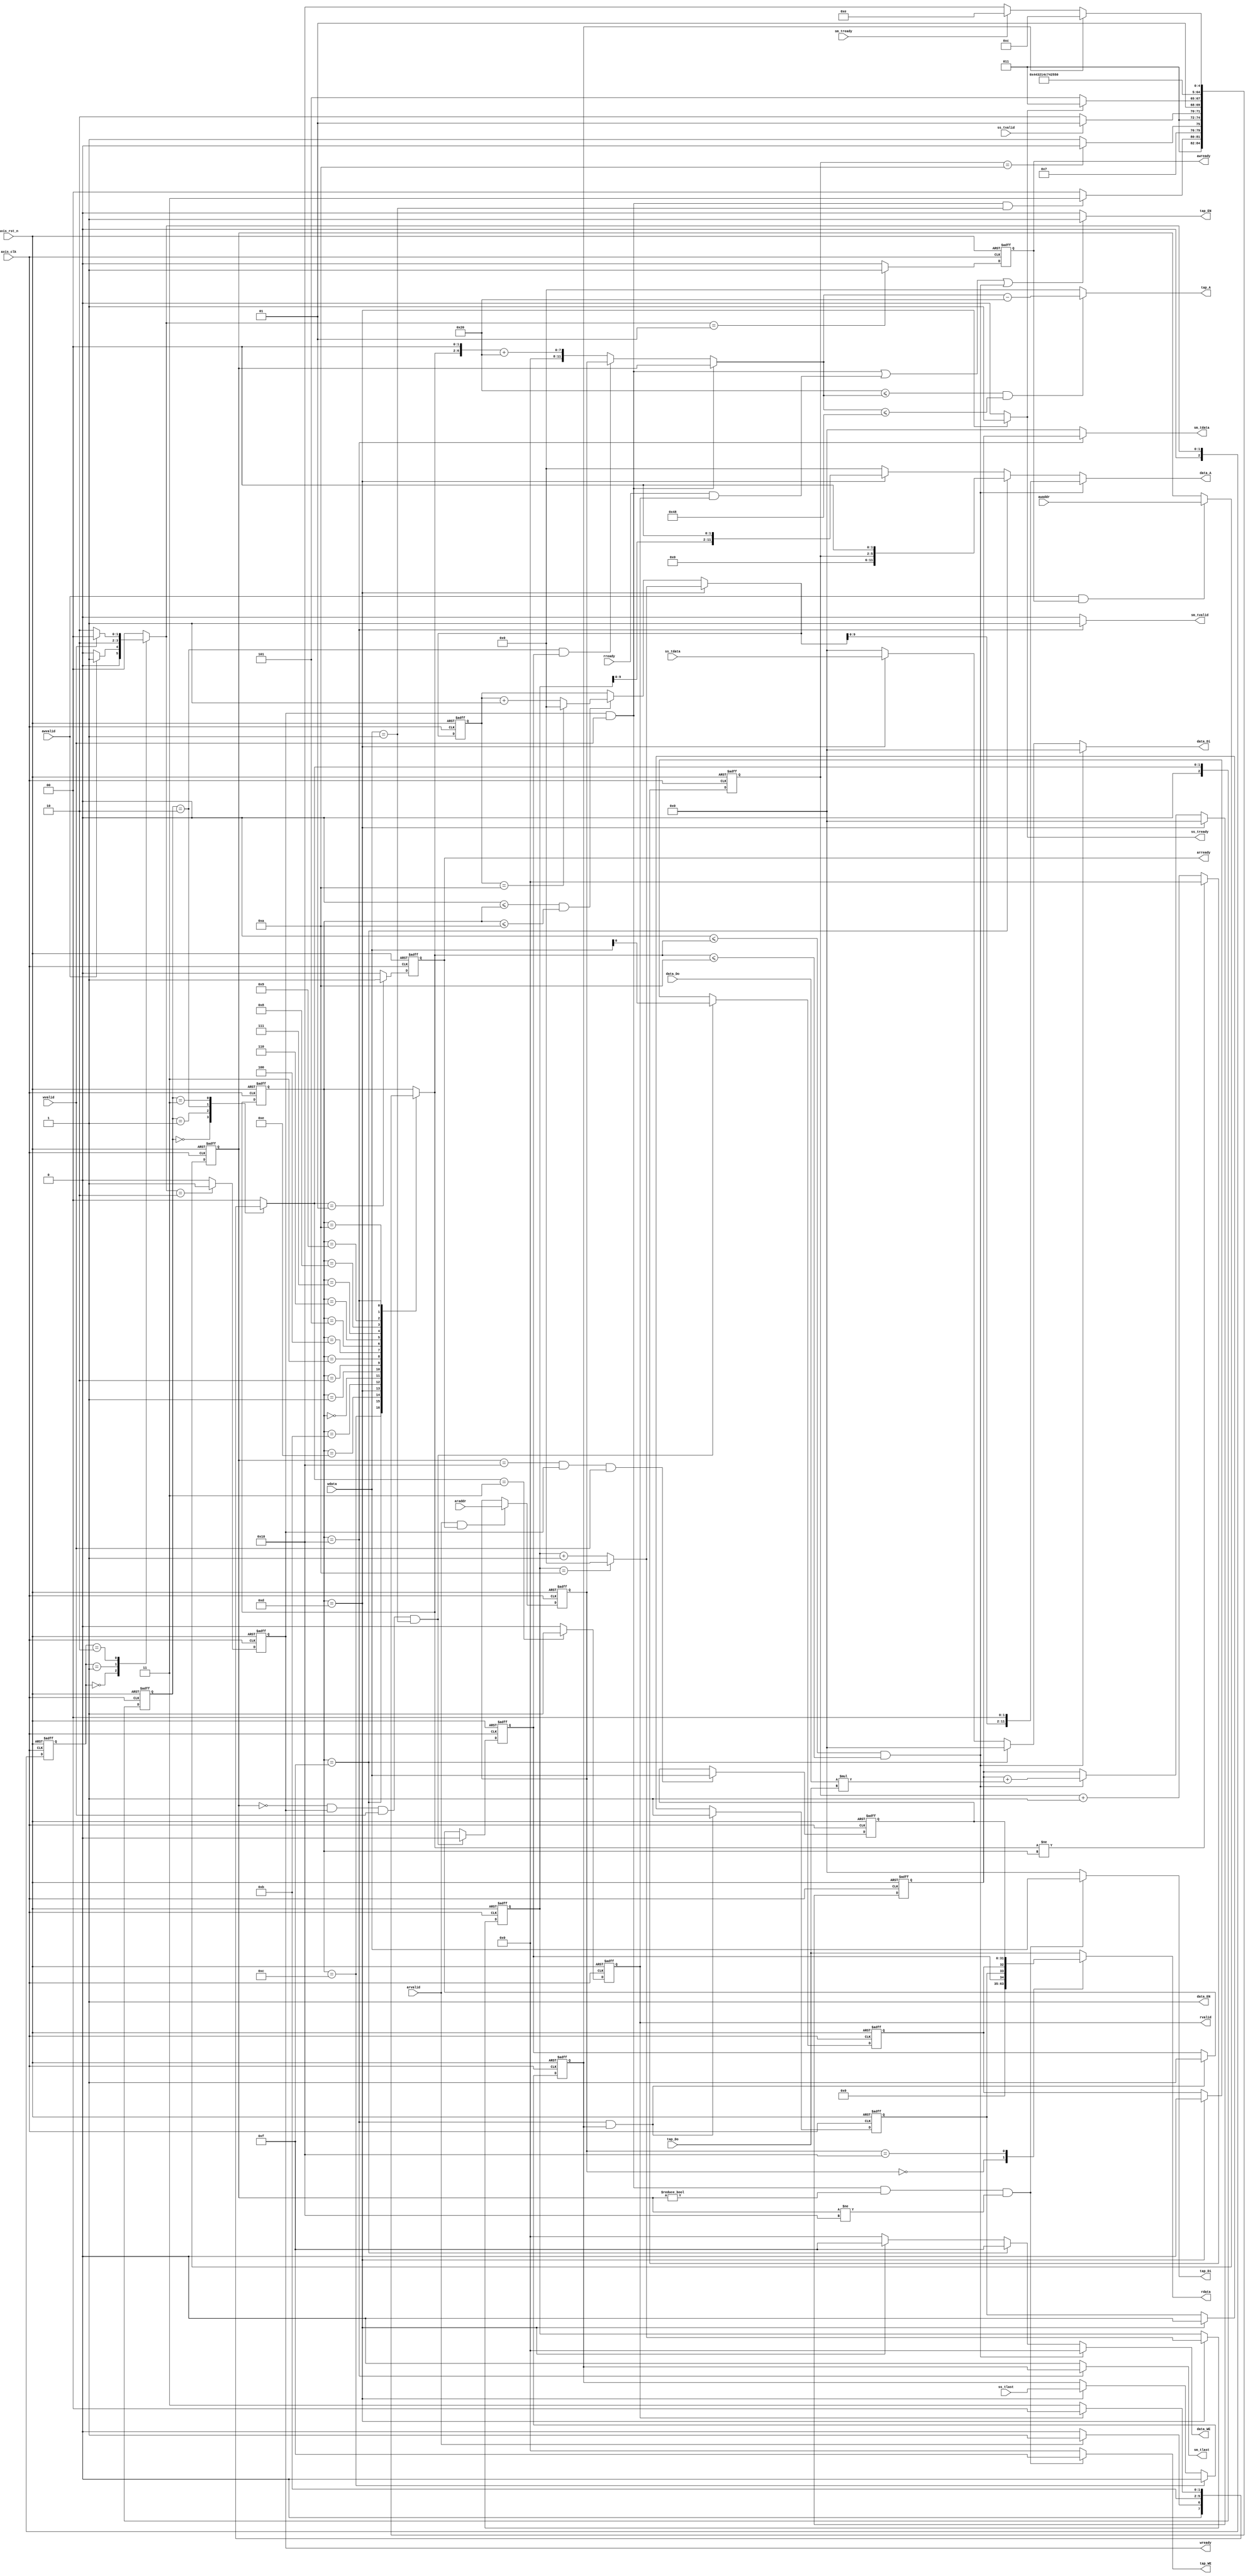
module fir 
#(  parameter pADDR_WIDTH = 12,
    parameter pDATA_WIDTH = 32,
    parameter Tape_Num    = 11
)
(
    // AXI-Lite
    // write
    output  reg                      awready,
    output  reg                      wready,
    input   wire                     awvalid,
    input   wire [(pADDR_WIDTH-1):0] awaddr,
    input   wire                     wvalid,
    input   wire [(pDATA_WIDTH-1):0] wdata,
    // write
    output  reg                      arready,
    input   wire                     rready,
    input   wire                     arvalid,
    input   wire [(pADDR_WIDTH-1):0] araddr,
    output  reg                      rvalid,
    output  reg  [(pDATA_WIDTH-1):0] rdata, 

    // AXI-Stream   
    // Input data
    input   wire                     ss_tvalid, 
    input   wire [(pDATA_WIDTH-1):0] ss_tdata, 
    input   wire                     ss_tlast, 
    output  reg                      ss_tready, 
    // Output data
    input   wire                     sm_tready, 
    output  reg                      sm_tvalid, 
    output  reg  [(pDATA_WIDTH-1):0] sm_tdata, 
    output  reg                      sm_tlast, 
    
    // bram for tap RAM
    output  reg  [3:0]               tap_WE,
    output  reg                      tap_EN,
    output  reg  [(pDATA_WIDTH-1):0] tap_Di,
    output  reg  [(pADDR_WIDTH-1):0] tap_A,
    input   wire [(pDATA_WIDTH-1):0] tap_Do,

    // bram for data RAM
    output  reg  [3:0]               data_WE,
    output  reg                      data_EN,
    output  reg  [(pDATA_WIDTH-1):0] data_Di,
    output  reg  [(pADDR_WIDTH-1):0] data_A,
    input   wire [(pDATA_WIDTH-1):0] data_Do,

    input   wire                     axis_clk,
    input   wire                     axis_rst_n
);

// block level signal
reg ap_start, n_ap_start;
reg ap_idle, n_ap_idle;
reg ap_done, n_ap_done;
reg [31:0] data_length;

// axi-lite read
localparam  AXI_READ_IDLE = 0,
            AXI_READ_ADDR = 1,
            AXI_READ_WAIT = 2,
            AXI_READ_DATA = 3;

// axi-lite write
localparam  AXI_WRITE_IDLE = 0,
            AXI_WRITE_ADDR = 1,
            AXI_WRITE_DATA = 2;

// Stream-In
reg n_ss_tready;
// Stream-Out
reg last_flg;

// AXI
reg [2:0] axi_read_state, n_axi_read_state;
reg [2:0] axi_write_state, n_axi_write_state;

// tapRAM
reg [11:0] tap_access_addr;
reg [31:0] real_Do;
reg [11:0] tapWriteAddr;
reg [11:0] tapReadAddr;

// dataRAM
reg [3:0] dataRam_rst_cnt;
reg [11:0] dataWriteAddr, n_dataWriteAdddr;
reg [11:0] dataReadAddr, n_dataReadAddr;

// FIR fsm
localparam  FIR_IDLE = 12,
            DATA_RST = 15,
            FIR_WAIT = 14,
            FIR_SSIN = 13,
            FIR_STOR = 11,
            FIR_S0 = 0,
            FIR_S1 = 1,
            FIR_S2 = 2,
            FIR_S3 = 3,
            FIR_S4 = 4,
            FIR_S5 = 5,
            FIR_S6 = 6,
            FIR_S7 = 7,
            FIR_S8 = 8,
            FIR_S9 = 9,
            FIR_SA = 10,
            FIR_OUT = 16;

reg [4:0] fir_state, n_fir_state;
reg signed [31:0] Yn, Xn, Hn; // Output, Data, Tap


// ======================= AXI-Lite: Read ======================================
always @(*) begin
    case (axi_read_state)
        AXI_READ_IDLE:  n_axi_read_state = (arvalid == 1) ? AXI_READ_ADDR : AXI_READ_IDLE;
        AXI_READ_ADDR:  n_axi_read_state = AXI_READ_WAIT;
        AXI_READ_WAIT:  n_axi_read_state = AXI_READ_DATA;
        AXI_READ_DATA:  n_axi_read_state = (rvalid == 1) ? AXI_READ_IDLE : AXI_READ_DATA;
        default: n_axi_read_state = AXI_READ_IDLE;
    endcase
end


always @(posedge axis_clk or negedge axis_rst_n) begin
    if (!axis_rst_n) begin
        axi_read_state  <= AXI_READ_IDLE;
        arready <= 0;
        rvalid  <= 0;
    end else begin
        axi_read_state  <= n_axi_read_state;
        arready <= (n_axi_read_state == AXI_READ_ADDR) ? 1 : 0;
        rvalid  <= (n_axi_read_state == AXI_READ_DATA) ? 1 : 0;
    end
end

always @(*) begin
    case (tapReadAddr)
        'h00: rdata = {ap_idle, ap_done, ap_start};     // block level signals
        'h10: rdata = data_length;                      // data length
        default: rdata = tap_Do;
    endcase
end

// ======================= AXI-Lite: Write ======================================
always @(*) begin
    case (axi_write_state)
        AXI_WRITE_IDLE: n_axi_write_state = (awvalid == 1) ? AXI_WRITE_ADDR : AXI_WRITE_IDLE;
        AXI_WRITE_ADDR: n_axi_write_state = AXI_WRITE_DATA;
        AXI_WRITE_DATA: n_axi_write_state = (wvalid == 1) ? AXI_WRITE_IDLE : AXI_WRITE_DATA;
        default: n_axi_write_state = AXI_WRITE_IDLE;
    endcase
end

always @(posedge axis_clk or negedge axis_rst_n) begin
    if (!axis_rst_n) begin
        axi_write_state  <= AXI_WRITE_IDLE;
        awready <= 0;
        wready  <= 0;
    end else begin
        axi_write_state  <= n_axi_write_state;
        awready <= (n_axi_write_state == AXI_WRITE_ADDR) ? 1 : 0;
        wready  <= (n_axi_write_state == AXI_WRITE_DATA) ? 1 : 0;
    end
end

always @(posedge axis_clk or negedge axis_rst_n) begin
    if (!axis_rst_n) begin
        tapWriteAddr <= 0;
        tapReadAddr  <= 0;
    end
    else begin
        tapWriteAddr <= (awvalid == 1 && awready == 1) ? awaddr : tapWriteAddr;
        tapReadAddr  <= (arvalid == 1 && arready == 1) ? araddr : tapReadAddr;
    end
end


// ======================= Stream-In ============================================
always @(*) begin
    if (fir_state == FIR_SSIN)  ss_tready = 1;
    else                        ss_tready = 0;
end

always @(posedge axis_clk or negedge axis_rst_n) begin
    if (!axis_rst_n)    last_flg <= 0;
    else begin
        if      (fir_state == FIR_IDLE) last_flg <= 0;
        else if (fir_state == FIR_SSIN) last_flg <= ss_tlast;
        else                            last_flg <= last_flg;
    end
end

// ======================= Stream-Out ===========================================
always @(*) begin
    if (fir_state == FIR_OUT) begin
        sm_tvalid = 1;
        sm_tdata = Yn;
        sm_tlast = last_flg;
    end
    else begin
        sm_tvalid = 0;
        sm_tdata = 0;
        sm_tlast = 0;
    end
end


// ======================= Block level Signals ===================================
// ap_start
always @(*) begin
    if      (tapWriteAddr == 'h00 && wready == 1 && wvalid == 1 && wdata == 1)  n_ap_start = wdata;     // Host program ap_start = 1
    else if (fir_state == FIR_SSIN)                                             n_ap_start = 0;         // Reset to 0, when 1st AXI-Stream handshake
    else                                                                        n_ap_start = ap_start;
end

// ap_idle
always @(*) begin
    if      (tapWriteAddr == 'h00 && wready == 1 && wvalid == 1 && wdata == 1)  n_ap_idle = 0;      // Host program ap_start = 1
    else if (fir_state == FIR_OUT && last_flg == 1)                             n_ap_idle = 1;      // Reset to 1, when last data had axi-streamed out
    else                                                                        n_ap_idle = ap_idle;   
end

// ap_done
always @(*) begin
    if      (fir_state == FIR_OUT && last_flg == 1) n_ap_done = 1;
    else if (fir_state == FIR_SSIN)                 n_ap_done = 0;
    else                                            n_ap_done = ap_done;
end


always @(posedge axis_clk or negedge axis_rst_n) begin
    if (!axis_rst_n) begin
        ap_start    <= 0;
        ap_idle     <= 1;
        ap_done     <= 0;
        data_length <= 0;
    end else begin
        data_length <= (tapWriteAddr == 'h10 && wready == 1 && wvalid == 1) ? wdata : data_length;
        ap_start    <= n_ap_start;
        ap_idle     <= n_ap_idle;
        ap_done     <= n_ap_done;
    end
end


// ======================= tapRAM ================================================
// tap_A
always @(*) begin
    if      (wready == 1 && wvalid == 1)                        tap_access_addr = tapWriteAddr;
    else if (axi_read_state == AXI_READ_WAIT && ap_idle == 1)   tap_access_addr = tapReadAddr;
    else                                                        tap_access_addr = (n_fir_state << 2) + 'h20; // this could be done more pretty

    tap_A = ('h20 <= tap_access_addr && tap_access_addr <= 'h48) ? tap_access_addr - 'h20 : 0;
end

// tap_EN
always @(*) begin
    tap_EN = (  
        (wready == 1 && wvalid == 1) ||                     // when axi-write handshake
        (rready == 1 && rvalid == 1) ||                     // when axi-read  handshake
        (FIR_S0 <= n_fir_state && n_fir_state <= FIR_SA)    // when computing FIR, read the coeffs
    ) ? 1 : 0;
end

// tap_WE, tap_Di
always @(*) begin
    if (wready == 1 && wvalid == 1 && tapWriteAddr != 'h00 && tapWriteAddr != 'h10) begin   // when axi-write handshake, and address between 'h20 ~ 'h48
        tap_WE = 4'b1111;
        tap_Di = wdata;
    end
    else begin
        tap_WE = 0; 
        tap_Di = 0;
    end
end


// ======================= dataRAM ================================================
// Write pointer (dataWriteAddr)
always @(*) begin
    // Update Write pointer when Stream-In
    if (fir_state == FIR_SSIN) begin
        if (dataWriteAddr == 10)    n_dataWriteAdddr = 0;
        else                        n_dataWriteAdddr = dataWriteAddr + 1;
    end
    else begin
        n_dataWriteAdddr = dataWriteAddr;
    end
end

// Read pointer (dataReadAddr)
always @(*) begin
    if (fir_state == FIR_SSIN) begin
        n_dataReadAddr = (dataWriteAddr == 10) ? 0 : dataWriteAddr + 1;
    end
    else if (FIR_S0 <= fir_state && fir_state <= FIR_SA) begin
        n_dataReadAddr = (dataReadAddr == 10) ? 0 : dataReadAddr + 1;
    end
    else begin
        n_dataReadAddr = dataReadAddr;
    end
end
 
// Used for mimicing shiftRAM but not actually shift it
always @(posedge axis_clk or negedge axis_rst_n) begin
    if (!axis_rst_n) begin
        dataRam_rst_cnt <= 0;
        dataWriteAddr   <= 0;
        dataReadAddr    <= 1;
    end
    else begin 
        dataRam_rst_cnt <= (n_fir_state != fir_state) ? 0 : dataRam_rst_cnt + 1;
        dataWriteAddr   <= n_dataWriteAdddr;
        dataReadAddr    <= n_dataReadAddr;
    end
end

// data_WE, data_A, data_Di, data_EN
always @(*) begin
    // default
    data_WE = 0;
    data_A = 0;
    data_Di = 0;
    data_EN = 1;

    if (FIR_S0 <= n_fir_state && n_fir_state <= FIR_SA) begin
        data_EN = 1;
        data_A = (n_dataReadAddr << 2);   // This shifter (<< 2) could be share other where else
    end
    else if (fir_state == DATA_RST) begin // reset all data in dataRAM
        data_EN = 1;
        data_A = (dataRam_rst_cnt << 2);
        data_WE = 4'b1111;
        data_Di = 32'd0;
    end
    else if (fir_state == FIR_SSIN) begin // Write data into dataRAM
        data_EN = 1;
        data_A = (dataWriteAddr << 2);
        data_WE = 4'b1111;
        data_Di = ss_tdata;
    end
end


// ======================= FIR Engine ============================================
// FIR fsm
always @(*) begin
    // calculation of next FIR state is the critical path, could be easily solved by using counter 
    // to reduce mux size and the fewer usage of combs as other logic's control signals
    case (fir_state)
        FIR_IDLE:   n_fir_state = (wready == 1 && wvalid == 1 && wdata == 1) ?  DATA_RST : FIR_IDLE;
        DATA_RST:   n_fir_state = (dataRam_rst_cnt == 10) ? FIR_WAIT : DATA_RST;                        // dataRam reset state
        FIR_WAIT:   n_fir_state = (ss_tvalid == 1) ? FIR_SSIN : FIR_WAIT;                               // wait for Stream-In data
        FIR_SSIN:   n_fir_state = (ss_tready == 1) ? FIR_STOR : FIR_SSIN;                               // write the Stream-In data to dataRAM
        FIR_STOR:   n_fir_state = FIR_S0;                                                               // wait 1 cycle to let data store into dataRAM
        FIR_S0:     n_fir_state = FIR_S1;                                                               // 11 states for calculating FIR (n == 11)
        FIR_S1:     n_fir_state = FIR_S2;
        FIR_S2:     n_fir_state = FIR_S3;
        FIR_S3:     n_fir_state = FIR_S4;
        FIR_S4:     n_fir_state = FIR_S5;
        FIR_S5:     n_fir_state = FIR_S6;
        FIR_S6:     n_fir_state = FIR_S7;
        FIR_S7:     n_fir_state = FIR_S8;
        FIR_S8:     n_fir_state = FIR_S9;
        FIR_S9:     n_fir_state = FIR_SA;
        FIR_SA:     n_fir_state = FIR_OUT;
        FIR_OUT: begin
            if      (last_flg == 1)     n_fir_state = FIR_IDLE; // reset
            else if (sm_tready == 1)    n_fir_state = FIR_WAIT; // wait for next Stream-In data
            else                        n_fir_state = FIR_OUT;  // wait for handshake
        end
        default: n_fir_state = fir_state;
    endcase
end

always @(posedge axis_clk or negedge axis_rst_n) begin
    if (!axis_rst_n)    fir_state   <= FIR_IDLE;
    else                fir_state   <= n_fir_state;
end


// Get the Xn, Hn from dataRAM & tapRAM
always @(*) begin
    Xn = data_Do;
    Hn = tap_Do;
end

// Accumulator and Multiplier (1 adder & 1 multiplier for FIR)
always @(posedge axis_clk or negedge axis_rst_n) begin
    if (!axis_rst_n)    Yn <= 0;
    else begin
        if      (fir_state == FIR_SSIN)                             Yn <= 0;                // reset accumulator
        else if (FIR_S0 <= n_fir_state && n_fir_state <= FIR_SA)    Yn <= Yn + (Xn * Hn);   // accumulate Xn * Hn, could do it pipelined version instead
        else                                                        Yn <= Yn;
    end
end

endmodule